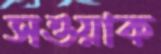
সওয়াক